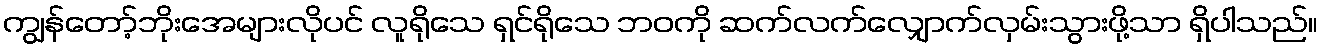
ကျွန်တော့်ဘိုးအေများလိုပင် လူရိုသေ ရှင်ရိုသေ ဘဝကို ဆက်လက်လျှောက်လှမ်းသွားဖို့သာ ရှိပါသည်။